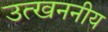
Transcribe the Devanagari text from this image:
उत्खननीय